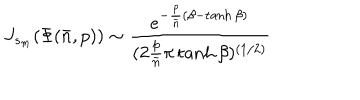
LaTeX: J _ { s _ { m } } ( \Phi ( { \bar { n } } , p ) ) \sim { \frac { e ^ { - { \frac { p } { \bar { n } } } ( \beta - \tanh \beta ) } } { ( 2 { \frac { p } { \bar { n } } } \pi \tanh \beta ) ^ { ( 1 / 2 ) } } }